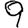
Digit: 9